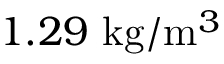
1 . 2 9 \mathrm { ~ k g } / \mathrm { m } ^ { 3 }